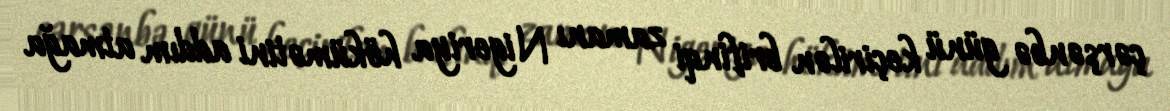
çərşənbə günü keçirilən brifinqi zamanı Nigeriya hökümətini addım atmağa